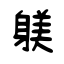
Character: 躾